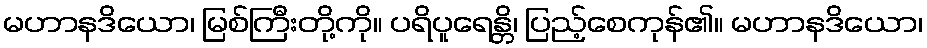
မဟာနဒိယော၊ မြစ်ကြီးတို့ကို။ ပရိပူရေန္တိ၊ ပြည့်စေကုန်၏။ မဟာနဒိယော၊